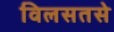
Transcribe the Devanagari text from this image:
विलसतसे